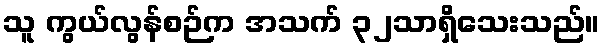
သူ ကွယ်လွန်စဉ်က အသက် ၃၂သာရှိသေးသည်။